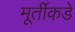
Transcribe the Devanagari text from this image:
मूर्तीकडे